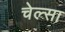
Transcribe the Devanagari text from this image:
चेल्सा